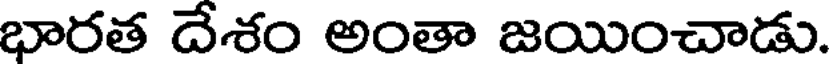
భారత దేశం అంతా జయించాడు.